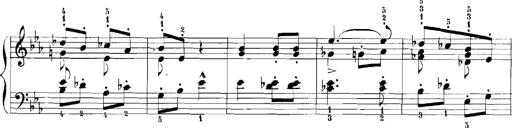
Title: Rhapsodies hongroises
Composer: Franz Liszt